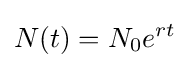
N(t)=N_{0}e^{rt}